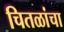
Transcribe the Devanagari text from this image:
चितळांचा